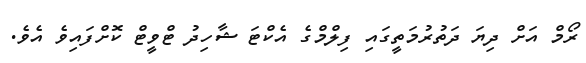
ރޯމް އަށް ދިޔަ ދަތުރުމަތީގައި ފިލްމްގެ އެކްޓަ ޝާހިދު ޓްވީޓް ކޮށްފައިވެ އެވެ.